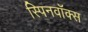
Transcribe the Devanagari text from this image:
स्पिनवॉक्स